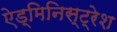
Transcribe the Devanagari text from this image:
ऐड्मिनिस्ट्रेश